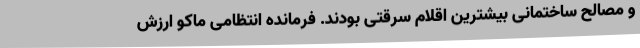
و مصالح ساختمانی بیشترین اقلام سرقتی بودند. فرمانده انتظامی ماکو ارزش